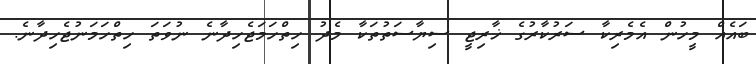
ބައެއް މީހުން އެމެރިކާ ސަރުކާރުގެ ޚާރިޖީ ސިޔާސަތުތަކާ މެދު ހިތްހަމަޖެހިދާނެ ނުވަތަ ހިތްހަމަނުޖެހިދާނެ.